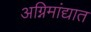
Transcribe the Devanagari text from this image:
अग्निमांद्यात